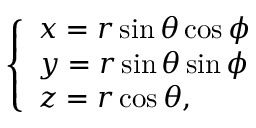
\left\{ \begin{array} { l l } { x = r \sin \theta \cos \phi } \\ { y = r \sin \theta \sin \phi } \\ { z = r \cos \theta , } \end{array} \right.